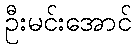
ဦးမင်းအောင်